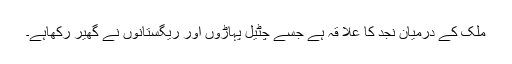
ملک کے درمیان نجد کا علا قہ ہے جسے چٹیل پہاڑوں اور ریگستانوں نے گھیر رکھاہے۔